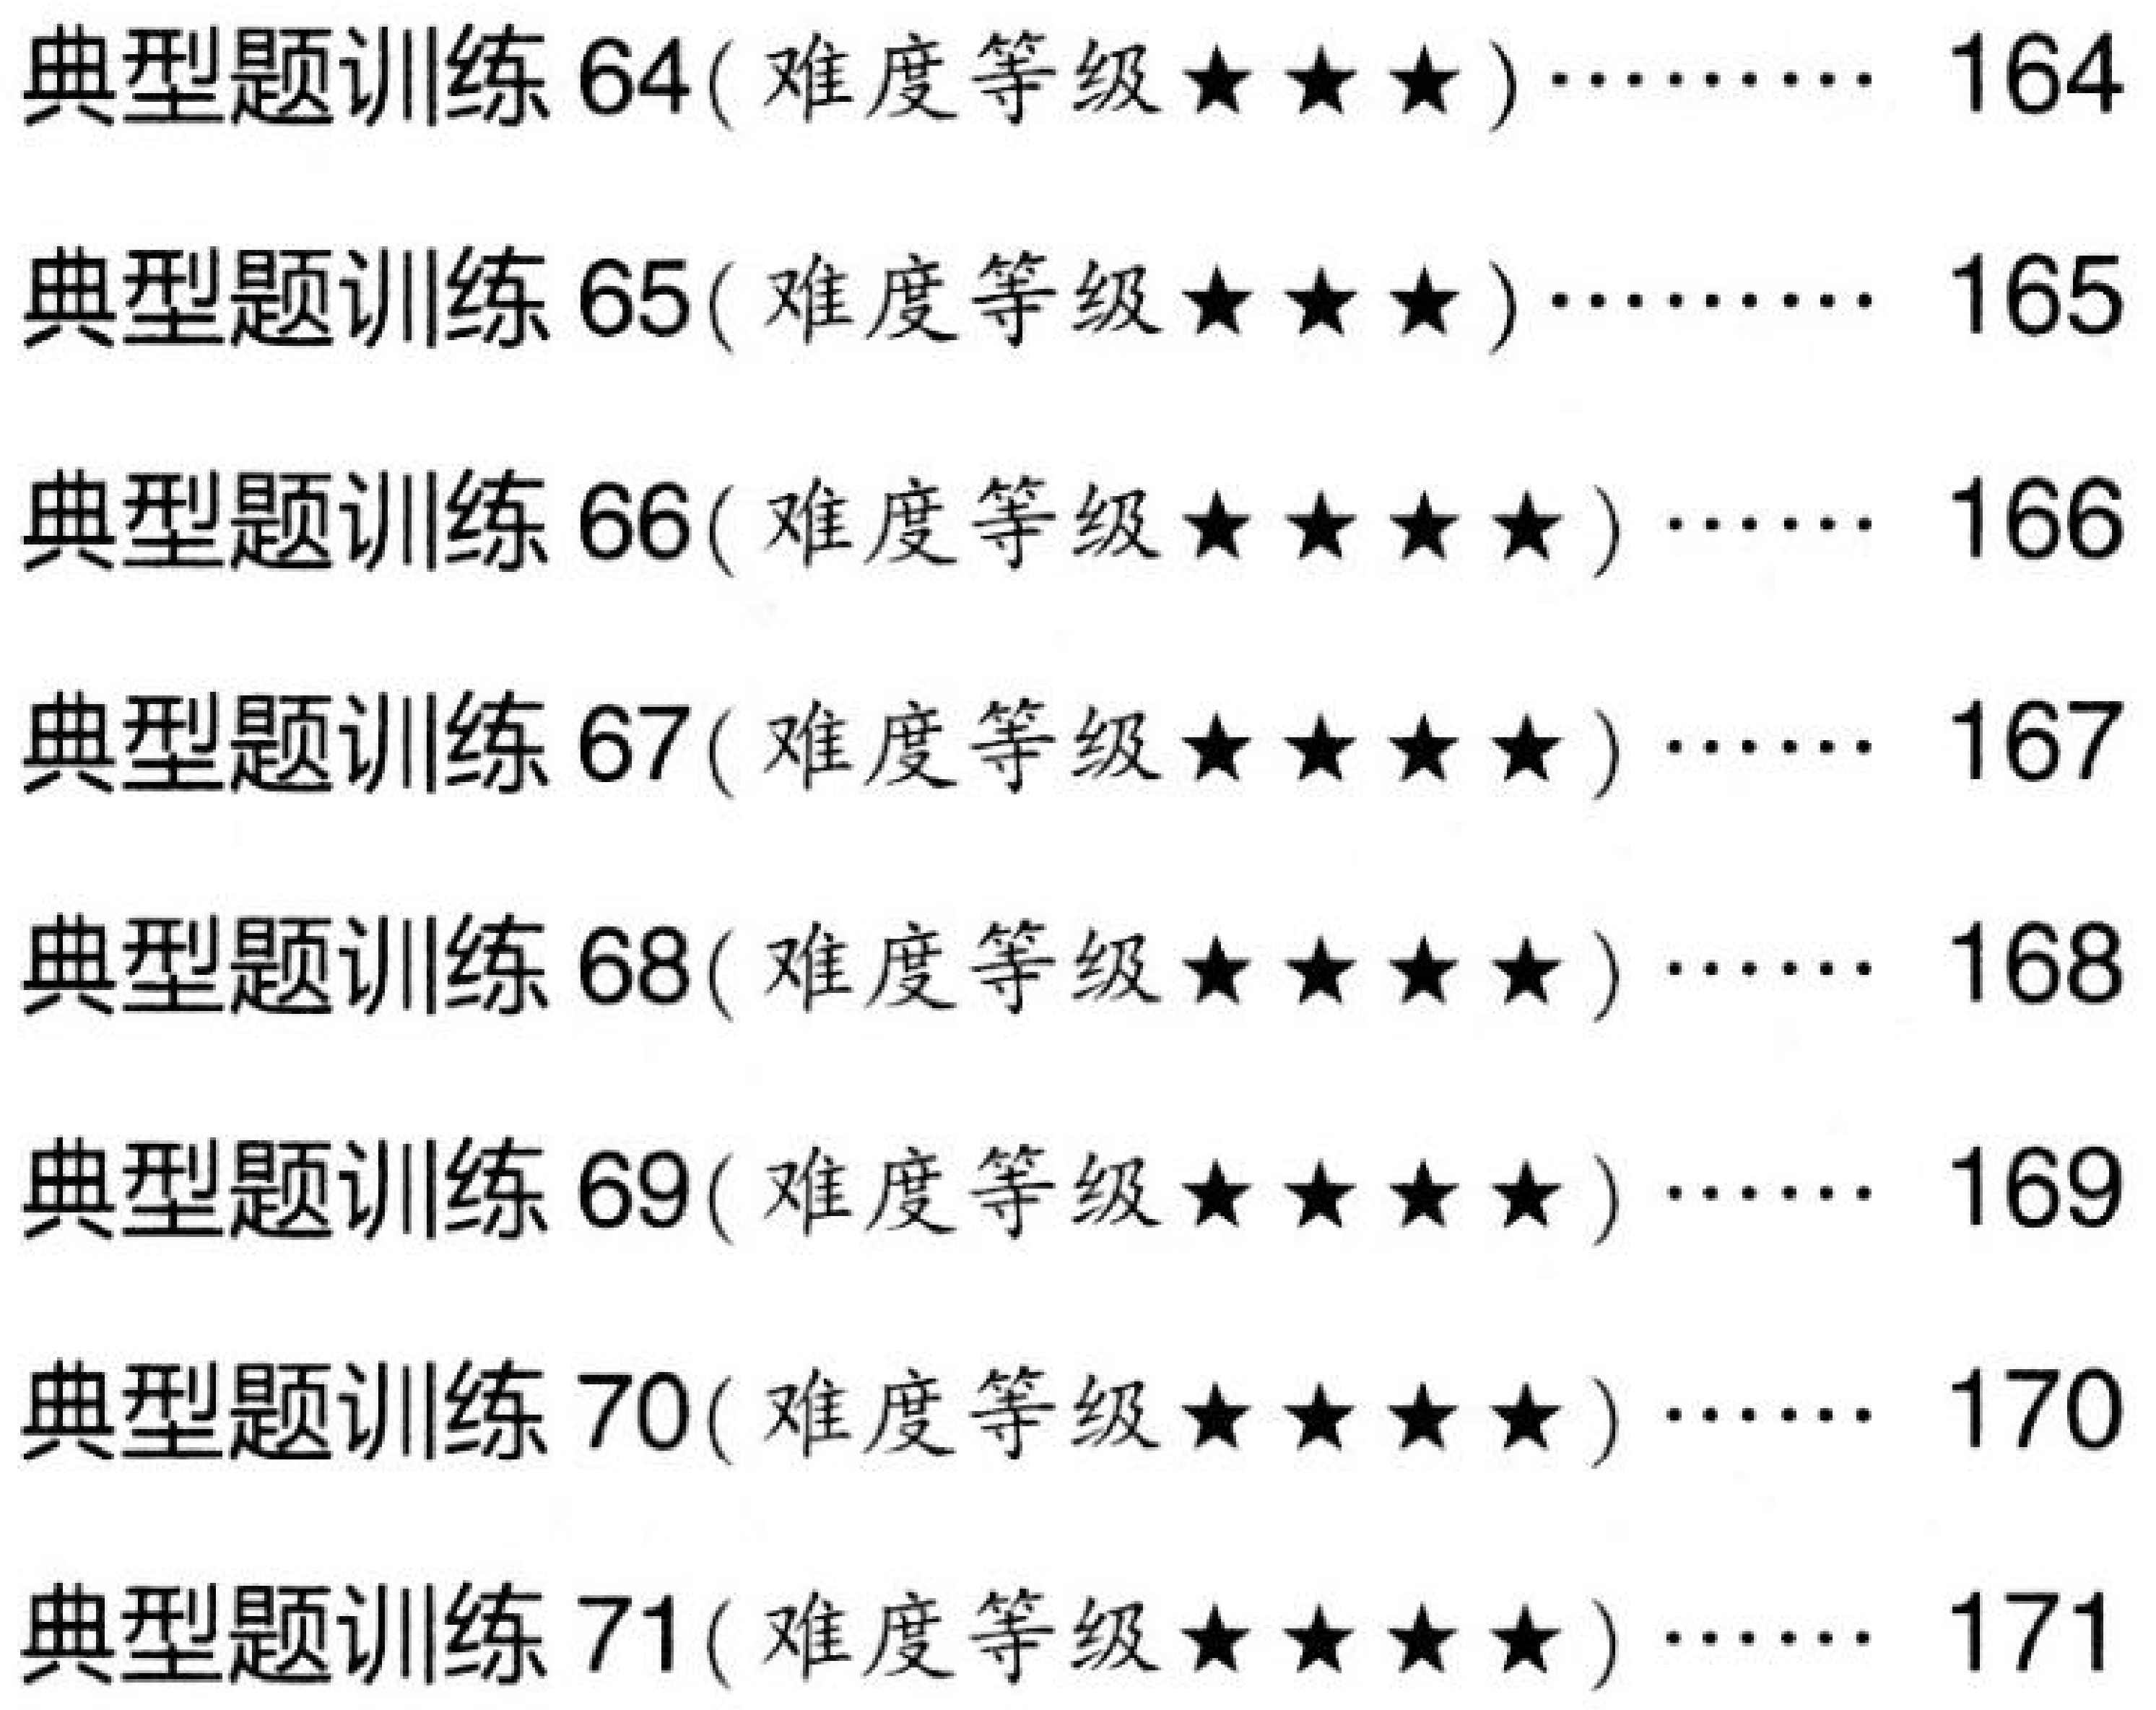
典型题训练 \(64(\)难度等级\(★★★)\cdots\cdots 164\)
典型题训练 \(65(\)难度等级\(★★★)\cdots\cdots 165\)
典型题训练 \(66(\)难度等级\(★★★★)\cdots\cdots 166\)
典型题训练 \(67(\)难度等级\(★★★★)\cdots\cdots 167\)
典型题训练 \(68(\)难度等级\(★★★★)\cdots\cdots 168\)
典型题训练 \(69(\)难度等级\(★★★★)\cdots\cdots 169\)
典型题训练 \(70(\)难度等级\(★★★★)\cdots\cdots 170\)
典型题训练 \(71(\)难度等级\(★★★★)\cdots\cdots 171\)